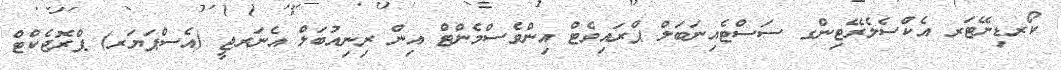
ކޯރޑިނޭޓަރ އެކްސެލެރޭޓިންގ ސަސްޓެއިނަބަލް ޕްރައިވެޓް އިންވެސްމެންޓް އިން ރިނިއުބަލް އެނަރޖީ (އެސްޕަޔަރ) ޕްރޮޖެކްޓް